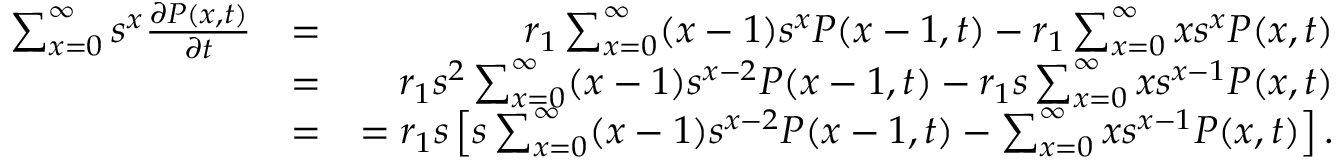
\begin{array} { r l r } { \sum _ { x = 0 } ^ { \infty } s ^ { x } \frac { \partial P ( x , t ) } { \partial t } } & { = } & { r _ { 1 } \sum _ { x = 0 } ^ { \infty } ( x - 1 ) s ^ { x } P ( x - 1 , t ) - r _ { 1 } \sum _ { x = 0 } ^ { \infty } x s ^ { x } P ( x , t ) } \\ & { = } & { r _ { 1 } s ^ { 2 } \sum _ { x = 0 } ^ { \infty } ( x - 1 ) s ^ { x - 2 } P ( x - 1 , t ) - r _ { 1 } s \sum _ { x = 0 } ^ { \infty } x s ^ { x - 1 } P ( x , t ) } \\ & { = } & { = r _ { 1 } s \left[ s \sum _ { x = 0 } ^ { \infty } ( x - 1 ) s ^ { x - 2 } P ( x - 1 , t ) - \sum _ { x = 0 } ^ { \infty } x s ^ { x - 1 } P ( x , t ) \right] . } \end{array}